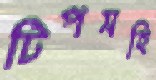
টিপসহি